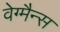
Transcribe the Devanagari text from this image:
वेग्मैन्स